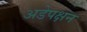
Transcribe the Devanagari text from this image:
अडेपक्षन